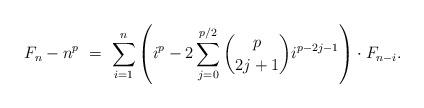
LaTeX: \begin{align*}F_n - n^{p} \ = \ \sum_{i=1}^{n} \left( i^{p} - 2\sum_{j=0}^{p/2} \binom{p}{2j+1} i^{p-2j-1} \right) \cdot F_{n-i}. \end{align*}